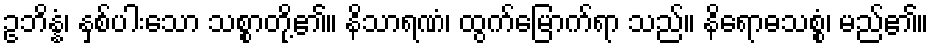
ဥဘိန္နံ၊ နှစ်ပါးသော သစ္စာတို့၏။ နိသာရဏံ၊ ထွက်မြောက်ရာ သည်။ နိရောဓသစ္စံ၊ မည်၏။